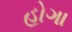
હોગા